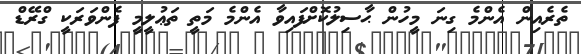
ތެރެއިން އެންމެ ގިނަ މީހުން ޙާސިލުކޮށްފައިވާ އެންމެ މަތީ ތަޢުލީމީ ފެންވަރަކީ ގްރޭޑް